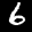
Label: 6